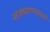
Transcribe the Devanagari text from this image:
राजघराण्यामध्ये